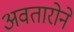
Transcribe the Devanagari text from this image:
अवतारोने